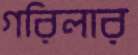
গরিলার